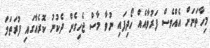
މިހާތަނަށް އެއްވެސް ފަރުވާއެއް ހޯދިފައި ނުވާ މާސް ޖެހިގެން ދެކުނު ކޮރެއާގައި ފުރަތަމަ